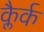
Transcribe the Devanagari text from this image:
क्लैर्क